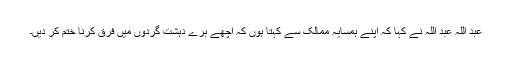
عبد اللہ عبد اللہ نے کہا کہ اپنے ہمسایہ ممالک سے کہتا ہوں کہ اچھے برے دہشت گردوں میں فرق کرنا ختم کر دیں۔